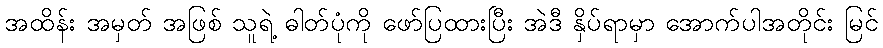
အထိန်း အမှတ် အဖြစ် သူရဲ့ ဓါတ်ပုံကို ဖော်ပြထားပြီး အဲဒီ နှိပ်ရာမှာ အောက်ပါအတိုင်း မြင်